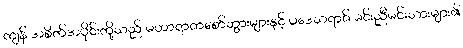
ကျန် အစိတ်အပိုင်းတို့သည် မဟာရာဇာစော်ဘွားများနှင့် ပဒေသရာဇ် မင်းညီမင်းသားများ၏